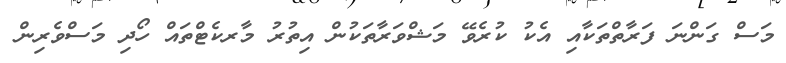
މަސް ގަންނަ ފަރާތްތަކާއި އެކު ކުރެވޭ މަޝްވަރާތަކުން އިތުރު މާރކެޓްތައް ހޯދި މަސްވެރިން